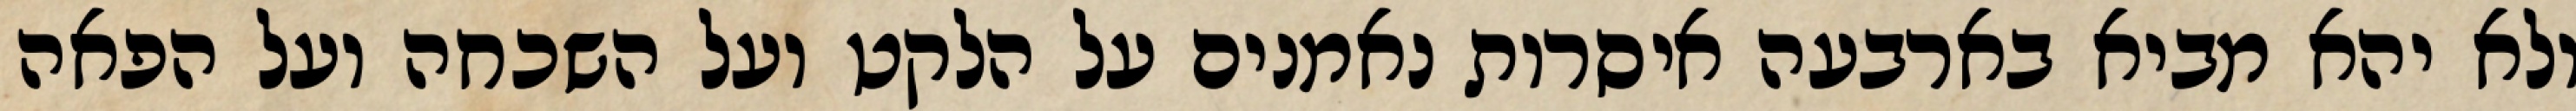
ולא יהא מביא בארבעה איסרות נאמנים על הלקט ועל השכחה ועל הפאה